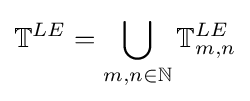
\mathbb {T} ^{LE}=\bigcup _{m,n\in \mathbb {N} }\mathbb {T} _{m,n}^{LE}